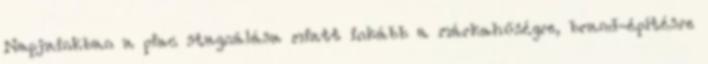
Napjainkban a piac stagnálása miatt inkább a márkahűségre, brand-építésre